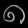
Digit: ၈